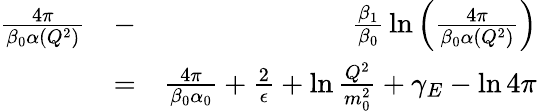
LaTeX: \begin{array}{rlr}{{\frac{4\pi}{\beta_{0}\alpha(Q^{2})}}}&{-}&{{\frac{\beta_{1}}{\beta_{0}}}\ln\left({\frac{4\pi}{\beta_{0}\alpha(Q^{2})}}\right)}\\ &{=}&{{\frac{4\pi}{\beta_{0}\alpha_{0}}}+{\frac{2}{\epsilon}}+\ln{\frac{Q^{2}}{m_{0}^{2}}}+\gamma_{E}-\ln 4\pi}\end{array}